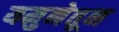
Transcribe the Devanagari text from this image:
यमुनेतून